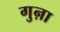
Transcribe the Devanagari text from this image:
गुऩा